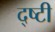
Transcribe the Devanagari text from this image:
द्ष्टी